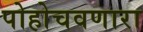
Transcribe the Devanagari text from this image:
पोहोचवणारा